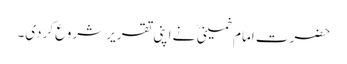
حضرت امام خمینی ؒ نے اپنی تقریر شروع کردی۔